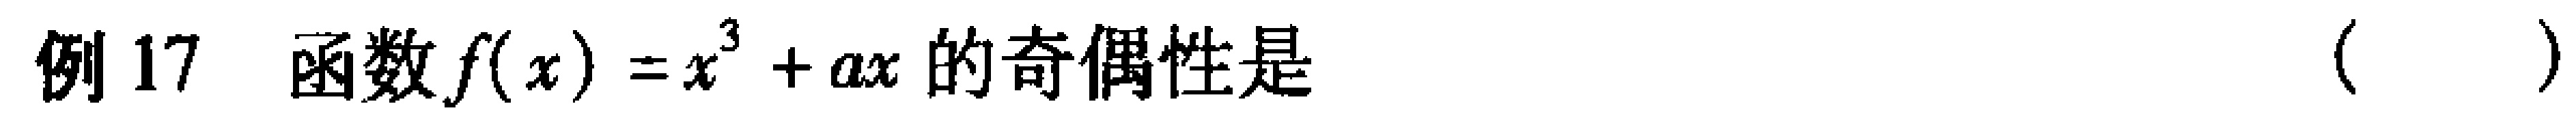
例 17 函数\(f(x)=x^{3}+ax\)的奇偶性是（  ）